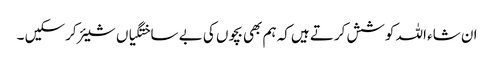
ان شاء اللہ کوشش کرتے ہیں‌کہ ہم بھی بچوں کی بے ساختگیاں شیئر کرسکیں ۔